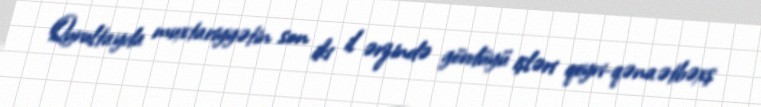
Qurultayda muxtariyyətin son iki il ərzində gördüyü işləri qeyri-qənaətbəxş